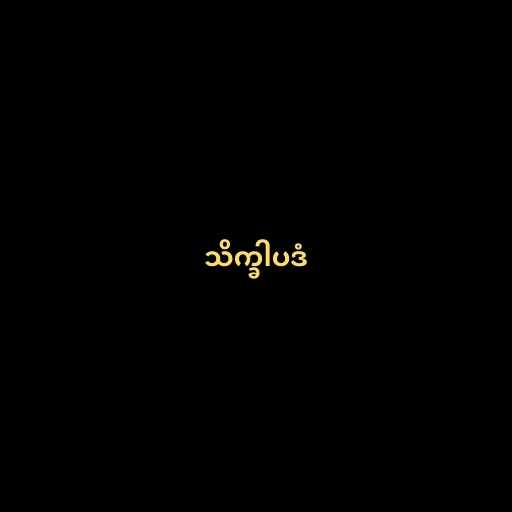
သိက္ခါပဒံ